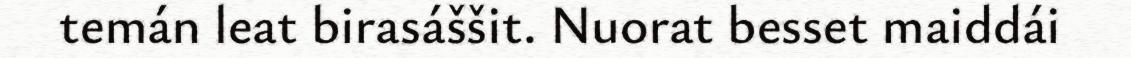
temán leat birasáššit. Nuorat besset maiddái